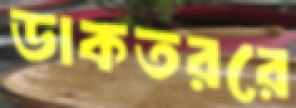
ডাকতররে